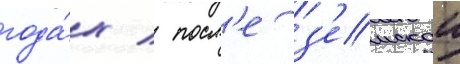
года́х / посл'е з'емскои